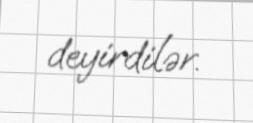
deyirdilər.